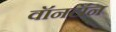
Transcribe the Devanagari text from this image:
वॉनटॉन